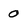
Character: 0